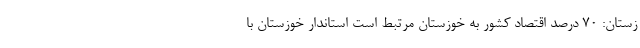
زستان: ۷۰ درصد اقتصاد کشور به خوزستان مرتبط است استاندار خوزستان با